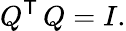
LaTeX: Q^{\textsf{T}}\, Q=I.